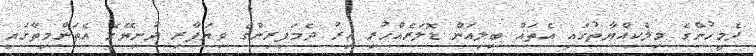
ދެމީހުންގެ މިލްކިއްޔާތުގައި އެތައް ބިލިއަން ޑޮލަރެއްހުރި އިރު ދެމަފިރިންގެ ވިޔަފާރި ދުނިޔޭގެ އެތަންމިތާގައި